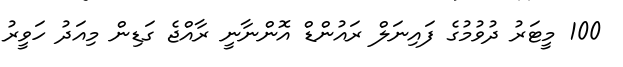
100 މީޓަރު ދުވުމުގެ ފައިނަލް ރައުންޑް އޮންނާނީ ރާއްޖެ ގަޑިން މިއަދު ހަވީރު